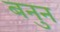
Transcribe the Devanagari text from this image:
बनुन